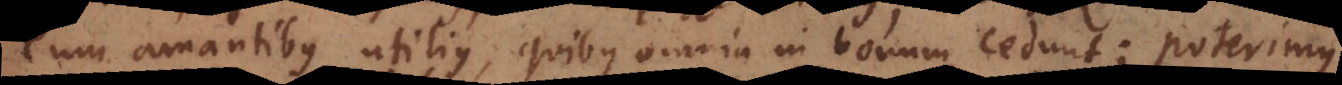
eum amantibus utilius, quibus omnia in bonum cedunt; etiam